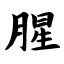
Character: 腥